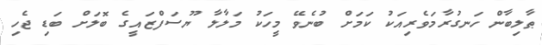
ޠާލިބާން ހަނގުރާމަވެރިއަކު ކަމަށް ބުނެވޭ މީހަކު މަލާލާ ޔޫސަފްޒައީގެ ބޮލަށް ބަޑި ޖެހި